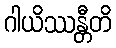
ဂါယိဿန္တီတိ